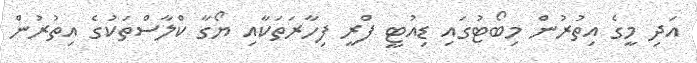
އަދި މީގެ އިތުރުން މިބޯޓުގައި ޑިއުޓީ ފްރީ ފިހާރަތަކާއި ޔޯގާ ކްލާސްތަކުގެ އިތުރުން